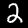
Label: 2